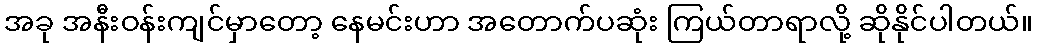
အခု အနီးဝန်းကျင်မှာတော့ နေမင်းဟာ အတောက်ပဆုံး ကြယ်တာရာလို့ ဆိုနိုင်ပါတယ်။